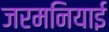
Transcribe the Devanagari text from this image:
जरमनियाई